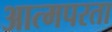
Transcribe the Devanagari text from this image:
आत्मपरता